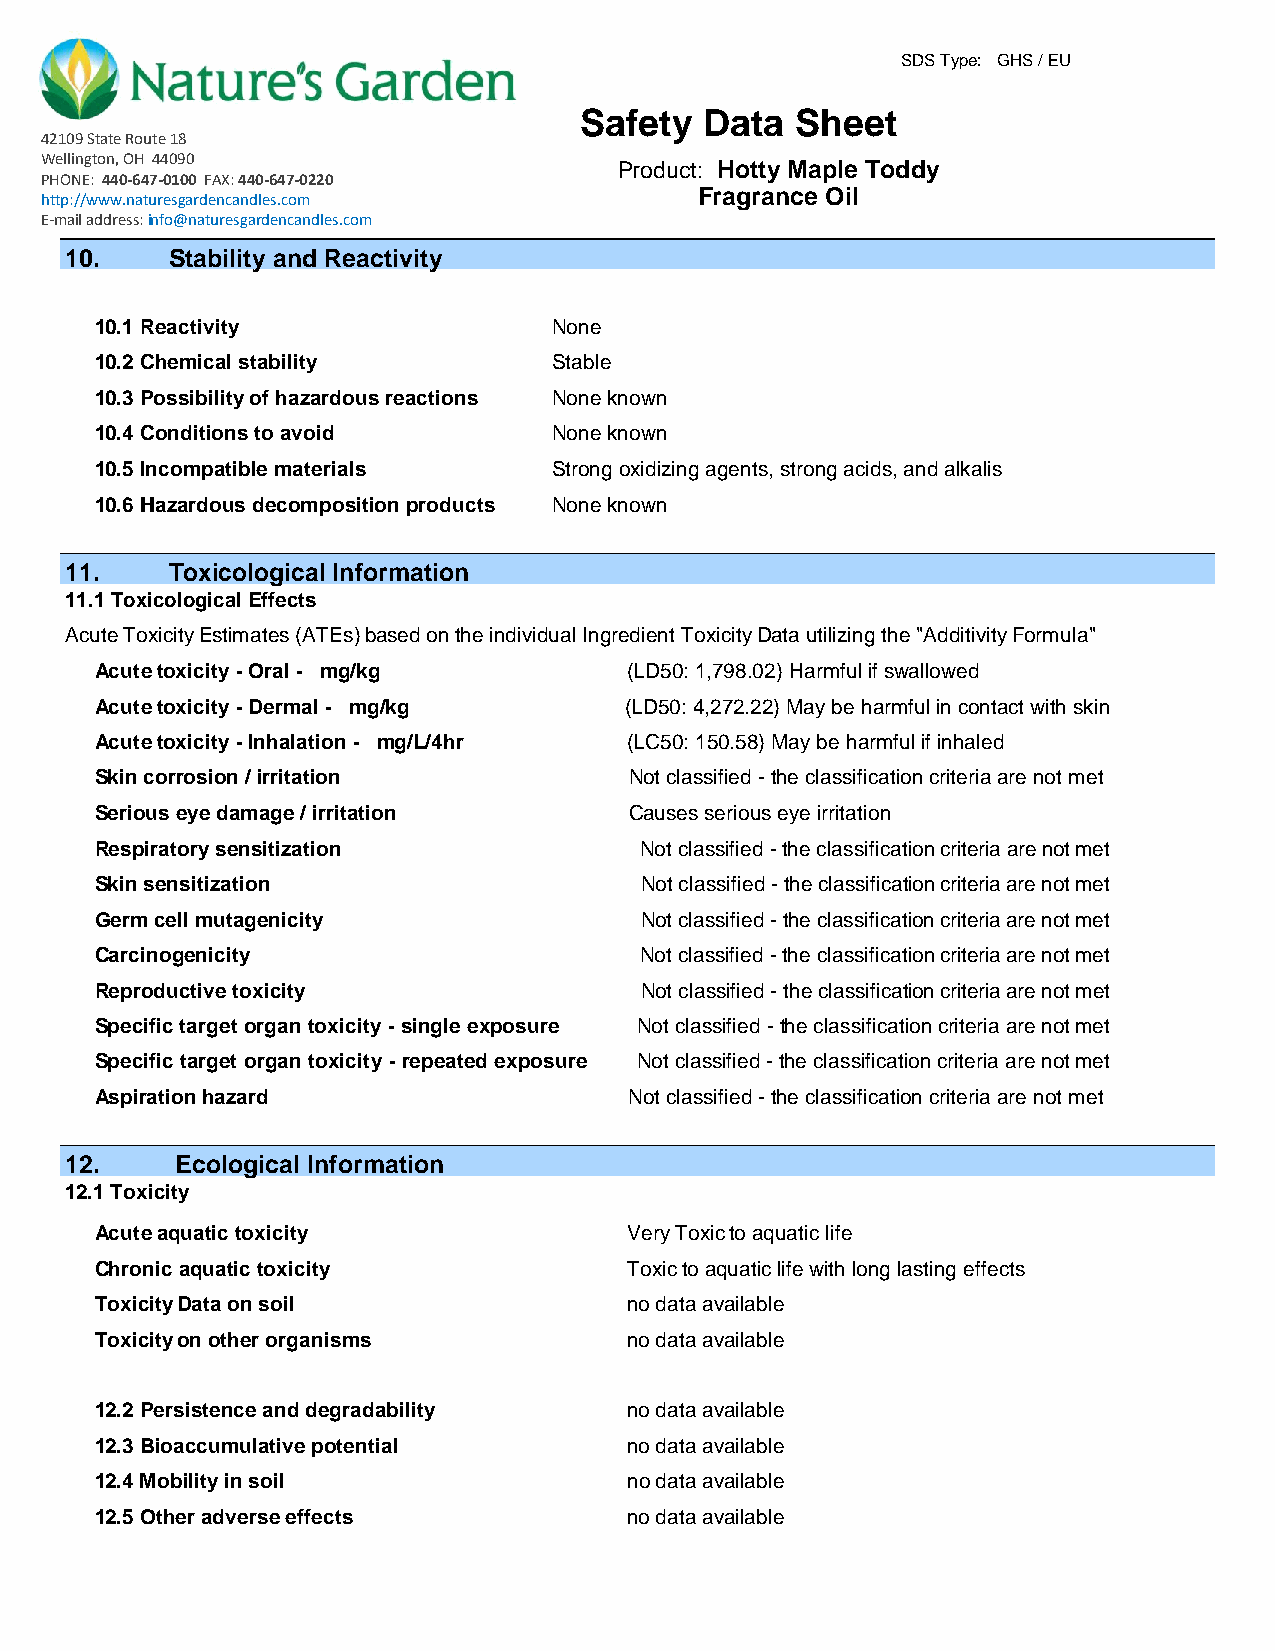
SDS Type: GHS / EU
 Safety   Data  Sheet
 42109 State Route 18
 Wellington, OH 44090
 Product: Hotty Maple Toddy
 PHONE: 440-647-0100 FAX: 440-647-0220
 Fragrance Oil
 http://www.naturesgardencandles.com
 E-mail address: info@naturesgardencandles.com
 10.    Stability and Reactivity
 10.1 Reactivity                None
 10.2 Chemical stability        Stable
 10.3 Possibility of hazardous reactions None known
 10.4 Conditions to avoid       None known
 10.5 Incompatible materials    Strong oxidizing agents, strong acids, and alkalis
 10.6 Hazardous decomposition products None known
 11.    Toxicological Information
 11.1 Toxicological Effects
 Acute Toxicity Estimates (ATEs) based on the individual Ingredient Toxicity Data utilizing the "Additivity Formula"
 Acute toxicity - Oral - mg/kg       (LD50: 1,798.02) Harmful if swallowed
 Acute toxicity - Dermal - mg/kg    (LD50: 4,272.22) May be harmful in contact with skin
 Acute toxicity - Inhalation - mg/L/4hr (LC50: 150.58) May be harmful if inhaled
 Skin corrosion / irritation         Not classified - the classification criteria are not met
 Serious eye damage / irritation     Causes serious eye irritation
 Respiratory sensitization           Not classified - the classification criteria are not met
 Skin sensitization                  Not classified - the classification criteria are not met
 Germ cell mutagenicity              Not classified - the classification criteria are not met
 Carcinogenicity                     Not classified - the classification criteria are not met
 Reproductive toxicity               Not classified - the classification criteria are not met
 Specific target organ toxicity - single exposure Not classified - the classification criteria are not met
 Specific target organ toxicity - repeated exposure Not classified - the classification criteria are not met
 Aspiration hazard                   Not classified - the classification criteria are not met
 12.     Ecological Information
 12.1 Toxicity
 Acute aquatic toxicity              Very Toxic to aquatic life
 Chronic aquatic toxicity            Toxic to aquatic life with long lasting effects
 Toxicity Data on soil               no data available
 Toxicity on other organisms         no data available
 12.2 Persistence and degradability  no data available
 12.3 Bioaccumulative potential      no data available
 12.4 Mobility in soil               no data available
 12.5 Other adverse effects          no data available